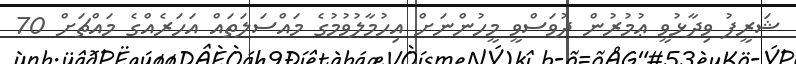
ޝަރީފު ވިދާޅުވީ ޢުމުރުން ދުވަސްވީ މީހުންނަށް އިހުމާލުވުމުގެ މައްސަލަތައް އަހަރެއްގެ މައްޗަށް 70